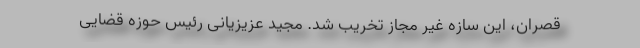
قصران، این سازه غیر مجاز تخریب شد. مجید عزیزیانی رئیس حوزه قضایی